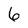
Character: 6